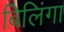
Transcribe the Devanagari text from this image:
बिलिंगा